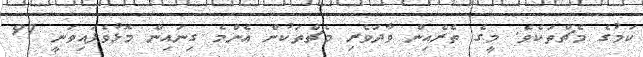
ކަމުގެ މެޗްތަކެވެ. މީގެ ތެރެއިން ވާދަވެރި މެޗްތަކުން އެންމެ ގިނައިން މޮޅުވެފައިވަނީ 97